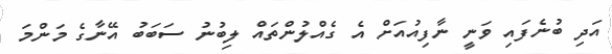
އަދި ބުނެފައި ވަނީ ނާފިއުއަށް އެ ގެއްލުންތައް ލިބުނު ސަބަބު އޭނާގެ މަންމަ